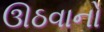
ઊઠવાનો